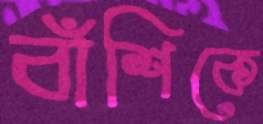
বাঁশিকে